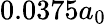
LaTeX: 0.0375a_{0}